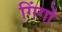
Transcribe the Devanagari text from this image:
गिंगो